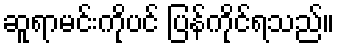
ဆူရာမင်းကိုပင် ပြန်ကိုင်ရသည်။